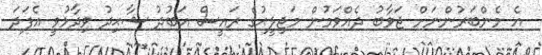
އެ މެންބަރުންނަށް ޖަވާބު ދެއްވަމުން މަޖިލީޙުގެ ރައީސް އަބުދު ޝާޙިދު ވިދާޅުވީ އެފަދަ